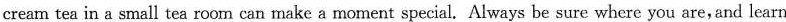
cream tea in a small tea room can make a moment special, Always be sure where you are, and learn